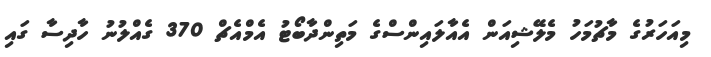
މިއަހަރުގެ މާޗުމަހު މެލޭޝިއަން އެއާލައިންސްގެ މަތިންދާބޯޓު އެމްއެޗް 370 ގެއްލުނު ހާދިސާ ގައި